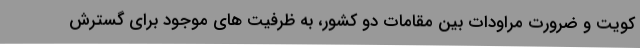
کویت و ضرورت مراودات بین مقامات دو کشور، به ظرفیت های موجود برای گسترش